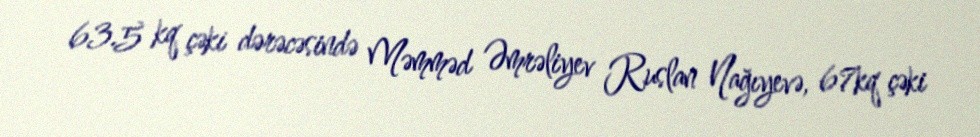
63.5 kq çəki dərəcəsində Məmməd Əmrəliyev Ruslan Nağıyevə, 67kq çəki